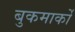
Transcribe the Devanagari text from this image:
बुकमार्कों